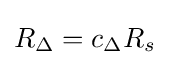
R_{\Delta }=c_{\Delta }R_{s}